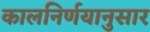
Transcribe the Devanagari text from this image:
कालनिर्णयानुसार